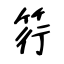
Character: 筕